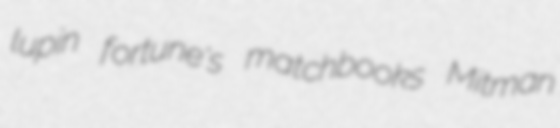
lupin fortune's matchbooks Mitman